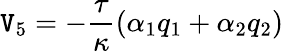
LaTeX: \mathtt{V}_{5}=-\frac{{\tau}}{{\kappa}}\left(\alpha_{1}q_{1}+\alpha_{2}q_{2}\right)